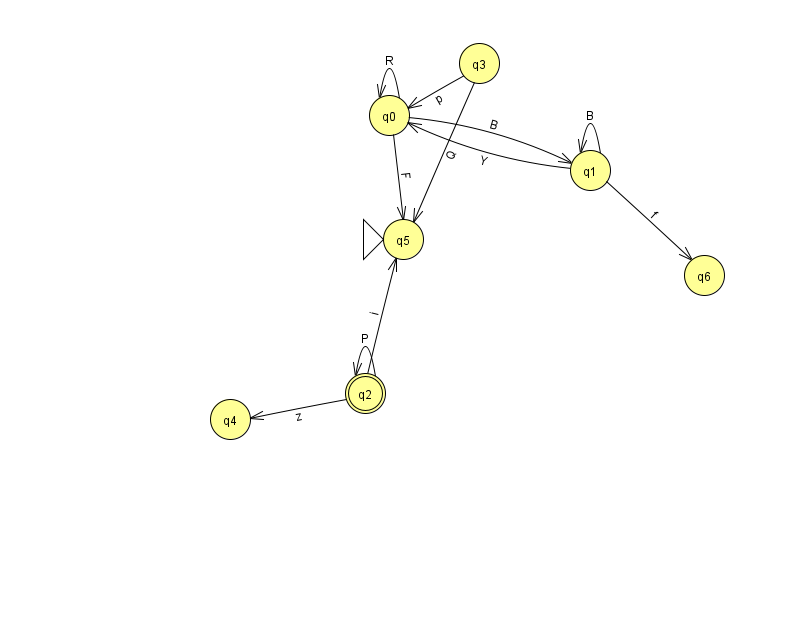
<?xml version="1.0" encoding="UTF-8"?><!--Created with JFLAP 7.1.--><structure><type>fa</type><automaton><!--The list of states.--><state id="0" name="q0"><x>389.0</x><y>102.0</y></state><state id="1" name="q1"><x>590.0</x><y>157.0</y></state><state id="2" name="q2"><x>365.0</x><y>380.0</y><final/></state><state id="3" name="q3"><x>479.0</x><y>50.0</y></state><state id="4" name="q4"><x>230.0</x><y>406.0</y></state><state id="5" name="q5"><x>403.0</x><y>226.0</y><initial/></state><state id="6" name="q6"><x>704.0</x><y>262.0</y></state><!--The list of transitions.--><transition><from>2</from><to>2</to><read>P</read></transition><transition><from>2</from><to>4</to><read>z</read></transition><transition><from>0</from><to>0</to><read>R</read></transition><transition><from>1</from><to>1</to><read>B</read></transition><transition><from>0</from><to>5</to><read>F</read></transition><transition><from>1</from><to>0</to><read>Y</read></transition><transition><from>2</from><to>5</to><read>i</read></transition><transition><from>3</from><to>0</to><read>p</read></transition><transition><from>0</from><to>1</to><read>B</read></transition><transition><from>1</from><to>6</to><read>f</read></transition><transition><from>3</from><to>5</to><read>Q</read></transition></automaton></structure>